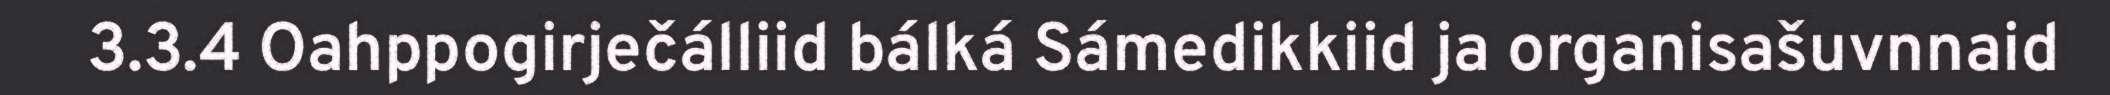
3.3.4 Oahppogirječálliid bálká Sámedikkiid ja organisašuvnnaid